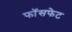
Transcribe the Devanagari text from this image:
फॉसफेट